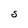
Character: S